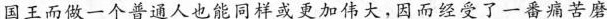
国王而做一个普通人也能同样或更加伟大，因而经受了一番痛苦磨